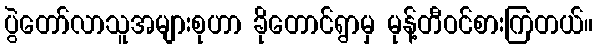
ပွဲတော်လာသူအများစုဟာ ခိုတောင်ရွာမှ မုန့်တီဝင်စားကြတယ်။